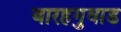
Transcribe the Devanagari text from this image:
बारहगुवाड